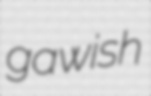
gawish